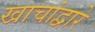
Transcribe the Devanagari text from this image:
खाचांद्वारे